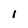
Character: l